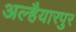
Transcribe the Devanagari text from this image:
अल्हैयारपुर